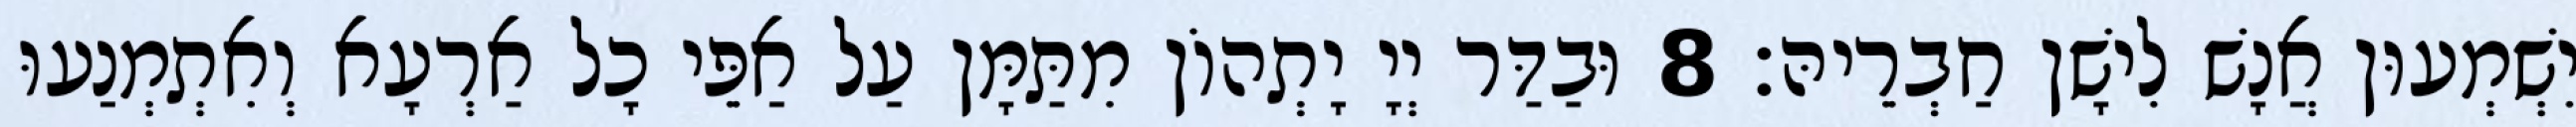
יִשְׁמְעוּן אֲנָשׁ לִישָׁן חַבְרֵיהּ׃ 8 וּבַדַּר יְיָ יָתְהוֹן מִתַּמָּן עַל אַפֵּי כָל אַרְעָא וְאִתְמְנַעוּ